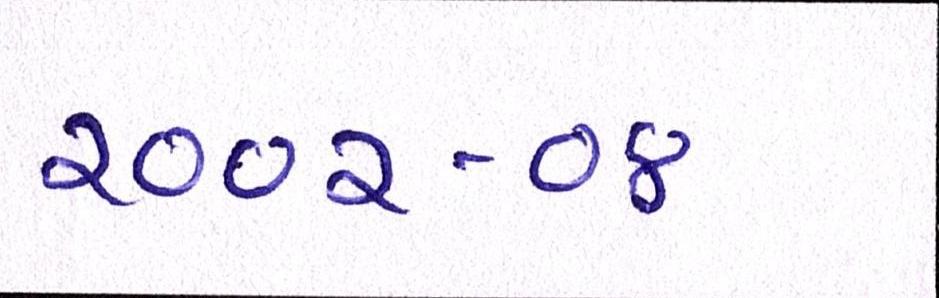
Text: ૨૦૦૨-૦૪